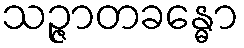
သဉ္ဇာတခန္ဓော